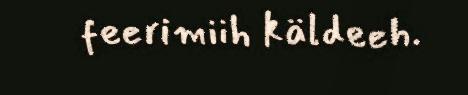
feerimiih käldeeh.